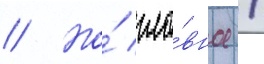
// Но́ гла́вное /